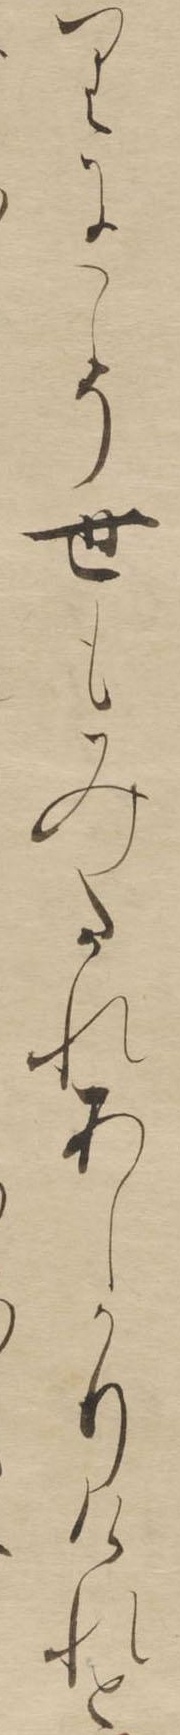
りにこそ世もみたれあしかりけれと